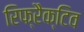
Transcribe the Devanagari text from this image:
रिफ्रैक्टिव